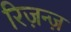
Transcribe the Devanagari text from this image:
रिज़न्ज़